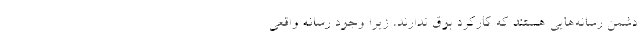
دشمن رسانه‌هایی هستند كه كاركرد بوق ندارند، زیرا وجود رسانه واقعی